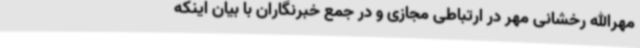
مهرالله رخشانی مهر در ارتباطی مجازی و در جمع خبرنگاران با بیان اینکه